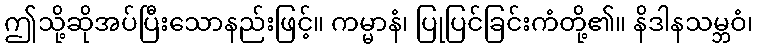
ဤသို့ဆိုအပ်ပြီးသောနည်းဖြင့်။ ကမ္မာနံ၊ ပြုပြင်ခြင်းကံတို့၏။ နိဒါနသမ္ဘဝံ၊